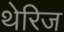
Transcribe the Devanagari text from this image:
थेरिज